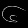
Digit: ၆